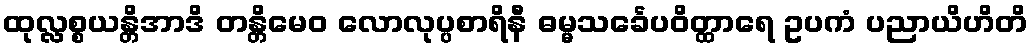
ထုလ္လစ္စယန္တိအာဒိ တန္တိမေဝ လောလုပ္ပစာရိနီ ဓမ္မသင်္ခေပဝိတ္ထာရေ ဥပကံ ပညာယိဟိတိ